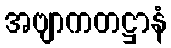
အဗျာကတဋ္ဌာနံ